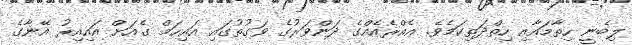
ލިބެނީ ހިތާމައާއި ހިތްދަތިކަމެވެ. އެއްރެއެއްގެ ދަންވަރުގެ ވަގުތުގައި އައިހަމް ގެއަށް އައިއިރު އޭނާގެ